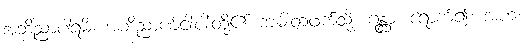
အဘိညာပါရမိံ၊ အဘိညာဏ်ငါးပါးတို့၏ ကမ်းတဖက်သို့။ ဂန္တွာ၊ ရောက်၍။ အဟံ၊